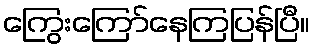
ကြွေးကြော်နေကြပြန်ပြီ။